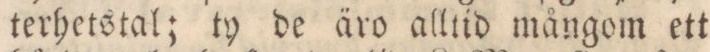
terhetstal; ty de äro alltid mångom ett